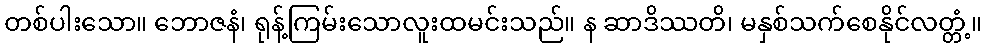
တစ်ပါးသော။ ဘောဇနံ၊ ရုန့်ကြမ်းသောလူးထမင်းသည်။ န ဆာဒိဿတိ၊ မနှစ်သက်စေနိုင်လတ္တံ့။